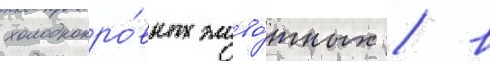
холоднокро́вных живо́тных / в